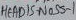
Text: HEAD-IS-NOSS-1